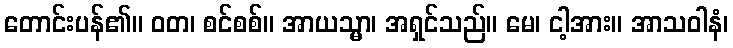
တောင်းပန်၏။ ဝတ၊ စင်စစ်။ အာယသ္မာ၊ အရှင်သည်။ မေ၊ ငါ့အား။ အာသဝါနံ၊